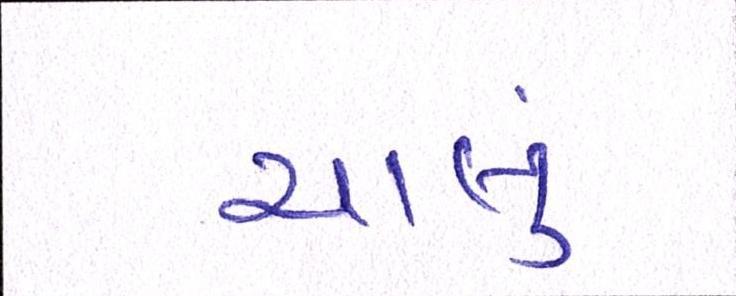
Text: ચાલું